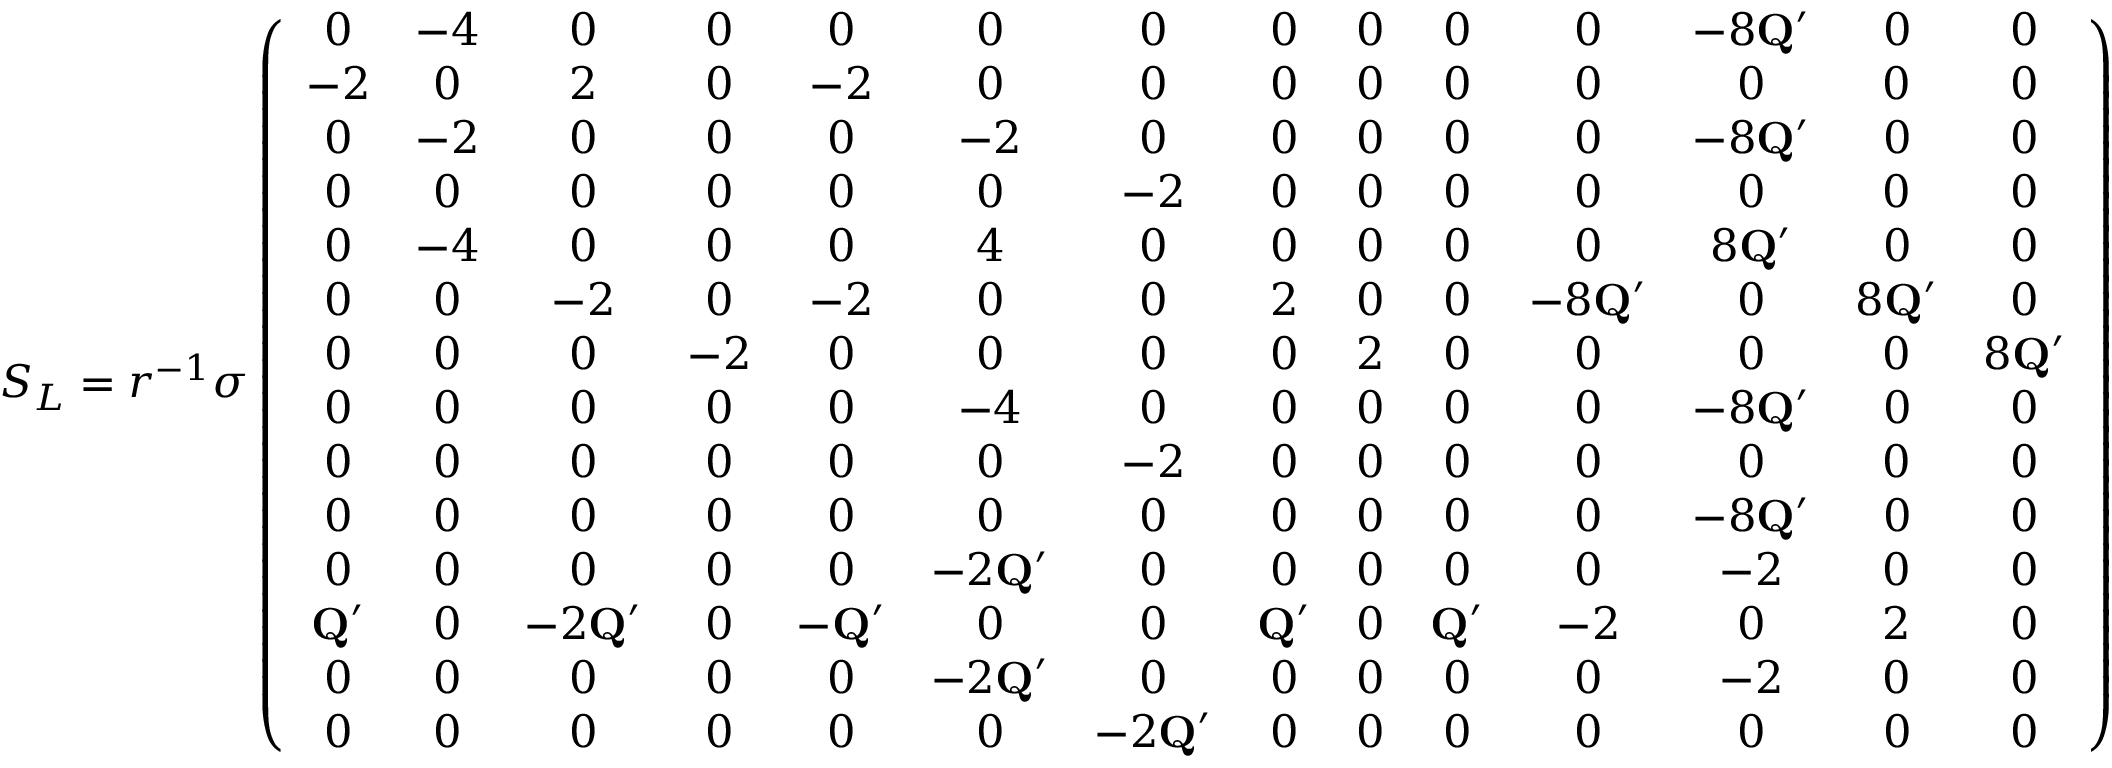
S _ { L } = r ^ { - 1 } \sigma \left( \begin{array} { c c c c c c c c c c c c c c } { 0 } & { - 4 } & { 0 } & { 0 } & { 0 } & { 0 } & { 0 } & { 0 } & { 0 } & { 0 } & { 0 } & { - 8 \mathbf { Q } ^ { \prime } } & { 0 } & { 0 } \\ { - 2 } & { 0 } & { 2 } & { 0 } & { - 2 } & { 0 } & { 0 } & { 0 } & { 0 } & { 0 } & { 0 } & { 0 } & { 0 } & { 0 } \\ { 0 } & { - 2 } & { 0 } & { 0 } & { 0 } & { - 2 } & { 0 } & { 0 } & { 0 } & { 0 } & { 0 } & { - 8 \mathbf { Q } ^ { \prime } } & { 0 } & { 0 } \\ { 0 } & { 0 } & { 0 } & { 0 } & { 0 } & { 0 } & { - 2 } & { 0 } & { 0 } & { 0 } & { 0 } & { 0 } & { 0 } & { 0 } \\ { 0 } & { - 4 } & { 0 } & { 0 } & { 0 } & { 4 } & { 0 } & { 0 } & { 0 } & { 0 } & { 0 } & { 8 \mathbf { Q } ^ { \prime } } & { 0 } & { 0 } \\ { 0 } & { 0 } & { - 2 } & { 0 } & { - 2 } & { 0 } & { 0 } & { 2 } & { 0 } & { 0 } & { - 8 \mathbf { Q } ^ { \prime } } & { 0 } & { 8 \mathbf { Q } ^ { \prime } } & { 0 } \\ { 0 } & { 0 } & { 0 } & { - 2 } & { 0 } & { 0 } & { 0 } & { 0 } & { 2 } & { 0 } & { 0 } & { 0 } & { 0 } & { 8 \mathbf { Q } ^ { \prime } } \\ { 0 } & { 0 } & { 0 } & { 0 } & { 0 } & { - 4 } & { 0 } & { 0 } & { 0 } & { 0 } & { 0 } & { - 8 \mathbf { Q } ^ { \prime } } & { 0 } & { 0 } \\ { 0 } & { 0 } & { 0 } & { 0 } & { 0 } & { 0 } & { - 2 } & { 0 } & { 0 } & { 0 } & { 0 } & { 0 } & { 0 } & { 0 } \\ { 0 } & { 0 } & { 0 } & { 0 } & { 0 } & { 0 } & { 0 } & { 0 } & { 0 } & { 0 } & { 0 } & { - 8 \mathbf { Q } ^ { \prime } } & { 0 } & { 0 } \\ { 0 } & { 0 } & { 0 } & { 0 } & { 0 } & { - 2 \mathbf { Q } ^ { \prime } } & { 0 } & { 0 } & { 0 } & { 0 } & { 0 } & { - 2 } & { 0 } & { 0 } \\ { \mathbf { Q } ^ { \prime } } & { 0 } & { - 2 \mathbf { Q } ^ { \prime } } & { 0 } & { - \mathbf { Q } ^ { \prime } } & { 0 } & { 0 } & { \mathbf { Q } ^ { \prime } } & { 0 } & { \mathbf { Q } ^ { \prime } } & { - 2 } & { 0 } & { 2 } & { 0 } \\ { 0 } & { 0 } & { 0 } & { 0 } & { 0 } & { - 2 \mathbf { Q } ^ { \prime } } & { 0 } & { 0 } & { 0 } & { 0 } & { 0 } & { - 2 } & { 0 } & { 0 } \\ { 0 } & { 0 } & { 0 } & { 0 } & { 0 } & { 0 } & { - 2 \mathbf { Q } ^ { \prime } } & { 0 } & { 0 } & { 0 } & { 0 } & { 0 } & { 0 } & { 0 } \end{array} \right)